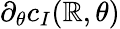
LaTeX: \partial_{\theta}c_{I}(\mathbb{R},\theta)